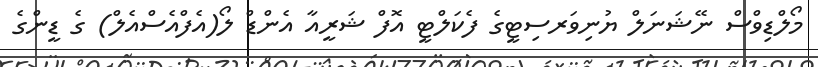
މޯލްޑިވްސް ނޭޝަނަލް ޔުނިވަރސިޓީގެ ފެކަލްޓީ އޮފް ޝަރީއާ އެންޑް ލޯ(އެފްއެސްއެލް) ގެ ޑީންގެ